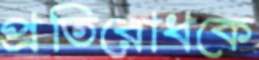
প্রতিরোধকে